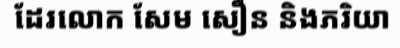
ដែរលោក សែម សឿន និងភរិយា